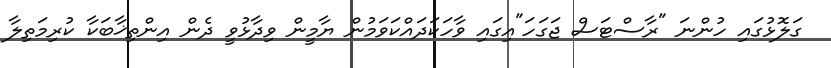
ގަލޮޅުގައި ހުންނަ "ރާސްޓަސް ޖަގަހަ"އިގައި ވާހަކަދައްކަވަމުން ޔާމީން ވިދާޅުވީ ދެން އިންތިޚާބަކާ ކުރިމަތިލާ